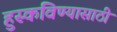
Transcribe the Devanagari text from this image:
हुस्कविण्यासाठी